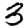
Digit: 3